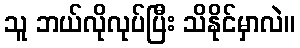
သူ ဘယ်လိုလုပ်ပြီး သိနိုင်မှာလဲ။